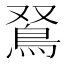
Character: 𩿏